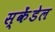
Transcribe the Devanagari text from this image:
स्केंडेल